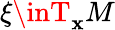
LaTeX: \xi\inT_{\mathbf{x}}M